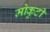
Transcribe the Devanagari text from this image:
मोकुटी